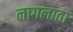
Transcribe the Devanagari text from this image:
लागलाता